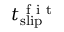
t _ { \mathrm { s l i p } } ^ { \mathrm { ~ f ~ i ~ t ~ } }